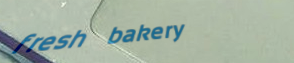
fresh bakery